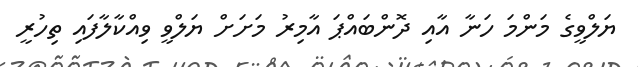
ޔަލްވީގެ މަންމަ ހަނާ އާއި ދޮންބައްޕަ އާމިރު މަށަށް ޔަލްވީ ވިއްކާލާފައި ތިހުރީ